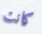
كانت